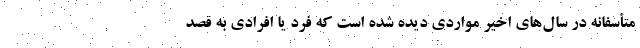
متأسفانه در سال‌های اخیر مواردی دیده شده است که فرد یا افرادی به قصد